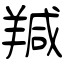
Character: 羬